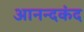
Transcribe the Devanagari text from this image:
आनन्‍दकंद